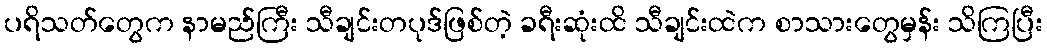
ပရိသတ်တွေက နာမည်ကြီး သီချင်းတပုဒ်ဖြစ်တဲ့ ခရီးဆုံးထိ သီချင်းထဲက စာသားတွေမှန်း သိကြပြီး